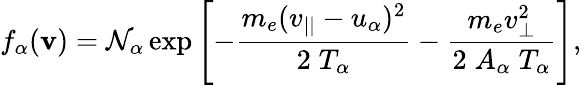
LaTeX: f_{\alpha}({\mathbf v})=\mathcal{N}_{\alpha}\exp\left[-\frac{m_{e}(v_{||}-u_{\alpha})^{2}}{2\; T_{\alpha}}-\frac{m_{e}v_{\perp}^{2}}{2\; A_{\alpha}\; T_{\alpha}}\right],